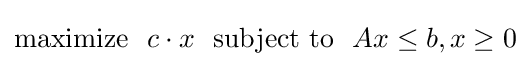
{\text{maximize}}~~c\cdot x~~{\text{subject to}}~~Ax\leq b,x\geq 0